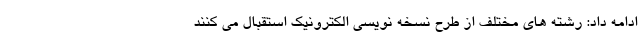
ادامه داد: رشته های مختلف از طرح نسخه نویسی الکترونیک استقبال می کنند